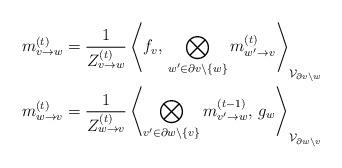
LaTeX: \begin{align*}m^{(t)}_{v\to w} &= \frac1{Z^{(t)}_{v\to w}}\left\langle f_v,\, \bigotimes_{w'\in\partial v\setminus\{w\}} m^{(t)}_{w'\to v}\right\rangle_{\mathcal{V}_{\partial v\setminus w}}\\m^{(t)}_{w\to v} &= \frac1{Z^{(t)}_{w\to v}}\left\langle \bigotimes_{v'\in\partial w\setminus\{v\}} m^{(t-1)}_{v'\to w},\, g_w\right\rangle_{\mathcal{V}_{\partial w\setminus v}}\end{align*}